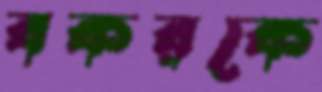
বকরকে